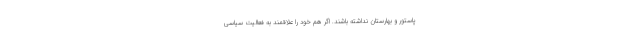
پاستور و بهارستان نداشته باشند. اگر هم خود را علاقمند به فعالیت سیاسی